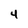
Character: 4